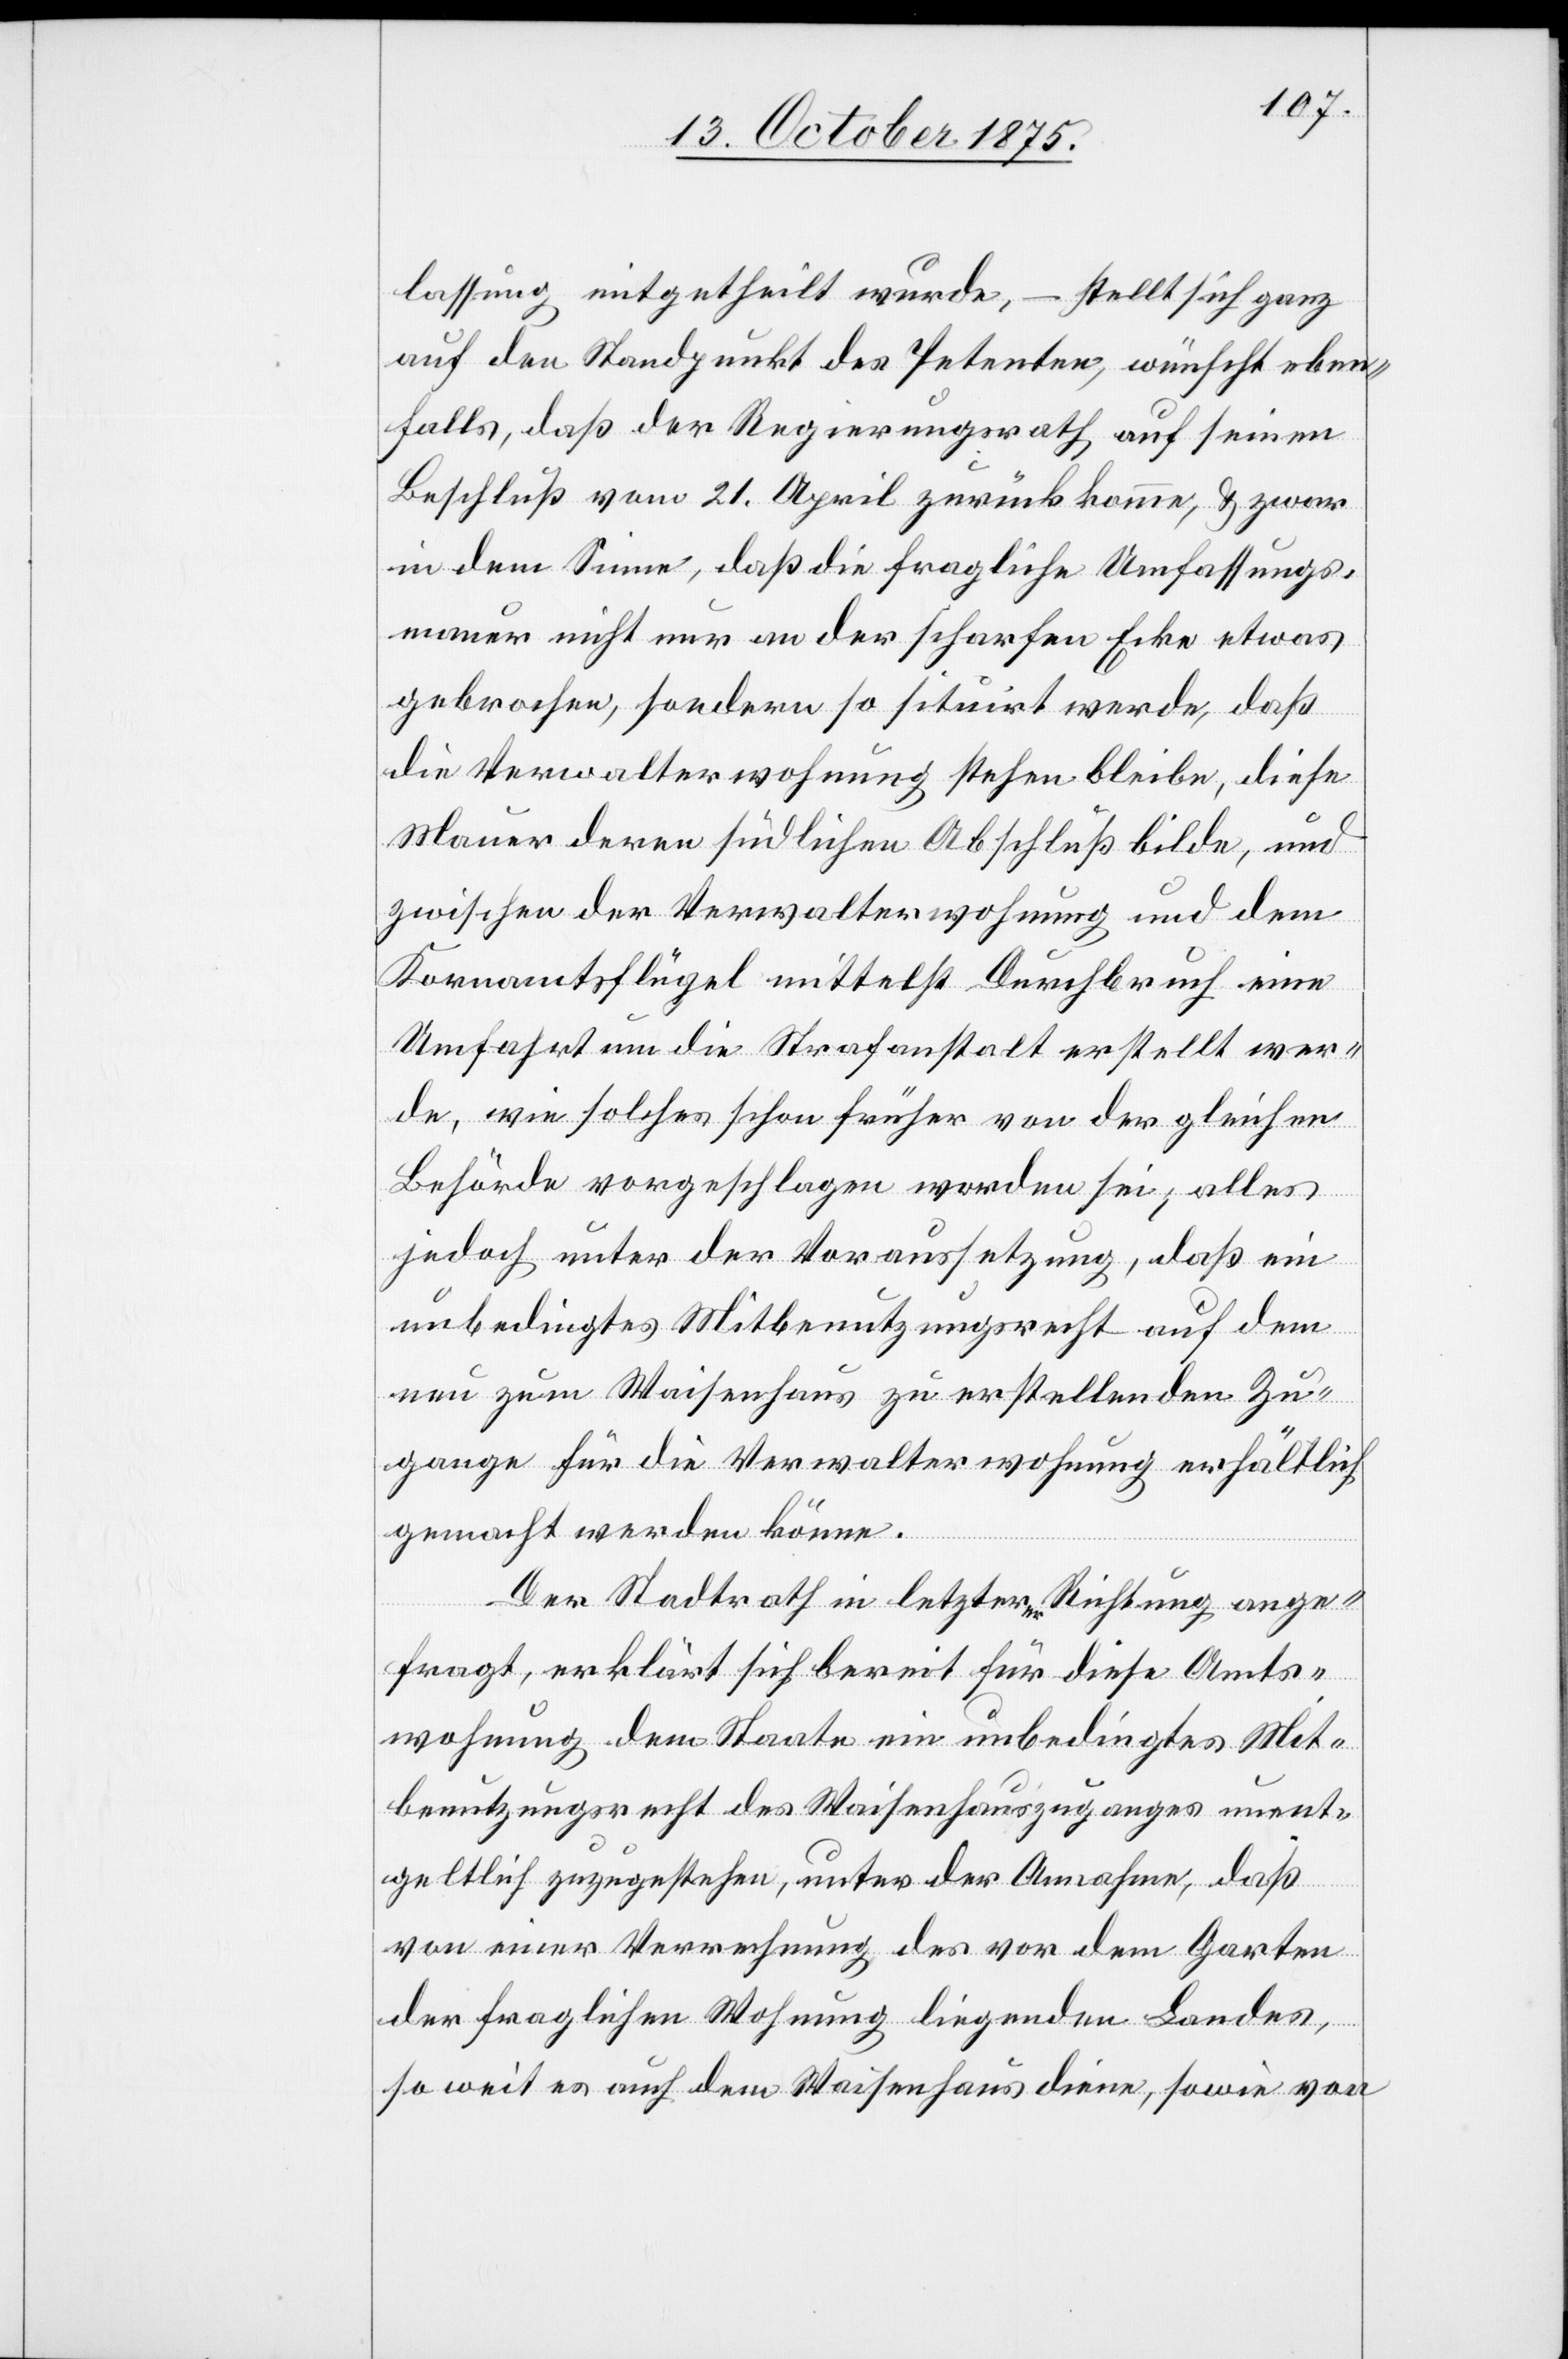
lassung mitgetheilt wurde, – stellt sich ganz
auf den Standpunkt des Petenten, wünscht eben¬
falls, daß der Regierungsrath auf seinen
Beschluß vom 21. April zurückkomme, & zwar
in dem Sinne, daß die fragliche Umfassungs¬
mauer nicht nur an der scharfen Ecke etwas
gebrochen, sondern so situirt werde, daß
die Verwalterwohnung stehen bleibe, diese
Mauer deren südlichen Abschluß bilde, und
zwischen der Verwalterwohnung und dem
Kornamtsflügel mittelst Durchbruch eine
Umfahrt um die Strafanstalt erstellt wer¬
de, wie solches schon früher von der gleichen
Behörde vorgeschlagen worden sei, alles
jedoch unter der Voraussetzung, daß ein
unbedingtes Mitbenutzungsrecht auf dem
neu zum Waisenhaus zu erstellenden Zu¬
gange für die Verwalterwohnung erhältlich
gemacht werden könne.
Der Stadtrath in letzterer Richtung ange¬
fragt, erklärt sich bereit für diese Amts¬
wohnung dem Staate ein unbedingtes Mit¬
benutzungsrecht des Waisenhauszuganges unent¬
geltlich zuzugestehen, unter der Annahme, daß
von einer Verrechnung des vor dem Garten
der fraglichen Wohnung liegenden Landes,
so weit es auch dem Waisenhaus diene, sowie von